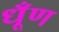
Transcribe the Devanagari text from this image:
धूँण